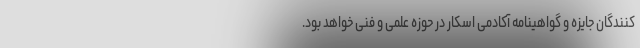
کنندگان جایزه و گواهینامه آکادمی اسکار در حوزه علمی و فنی خواهد بود.